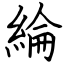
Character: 綸